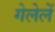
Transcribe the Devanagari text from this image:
गेलेलें